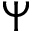
\Psi